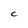
Character: C